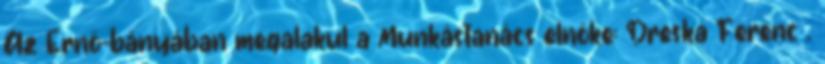
Az Ernő-bányában megalakul a Munkástanács elnöke: Dreska Ferenc .